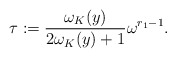
\begin{align*} \tau := \frac{\omega_K (y)}{2 \omega_K (y) + 1} \omega^{r_1 - 1}. \end{align*}